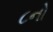
૮નો